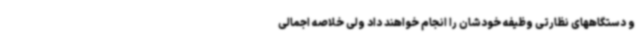
و دستگاههای نظارتی وظیفه خودشان را انجام خواهند داد ولی خلاصه اجمالی